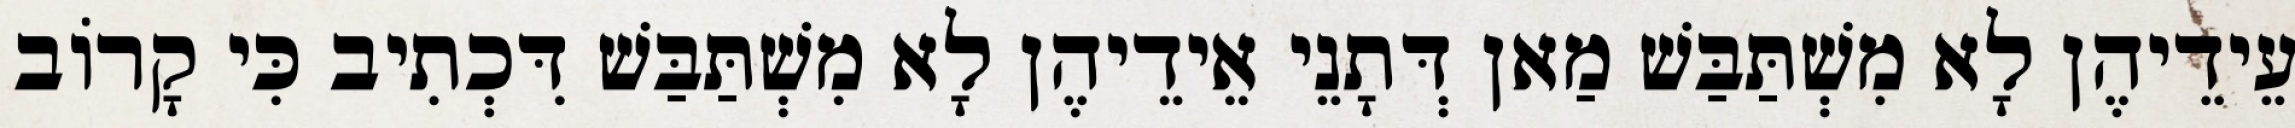
עֵידֵיהֶן לָא מִשְׁתַּבַּשׁ מַאן דְּתָנֵי אֵידֵיהֶן לָא מִשְׁתַּבַּשׁ דִּכְתִיב כִּי קָרוֹב